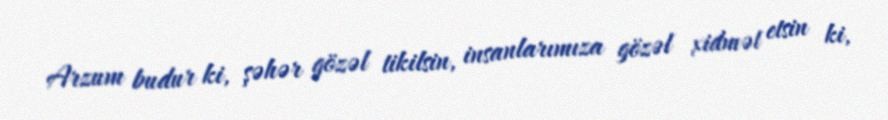
Arzum budur ki, şəhər gözəl tikilsin, insanlarımıza gözəl xidmət etsin ki,